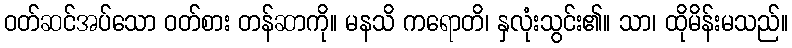
ဝတ်ဆင်အပ်သော ဝတ်စား တန်ဆာကို။ မနသိ ကရောတိ၊ နှလုံးသွင်း၏။ သာ၊ ထိုမိန်းမသည်။